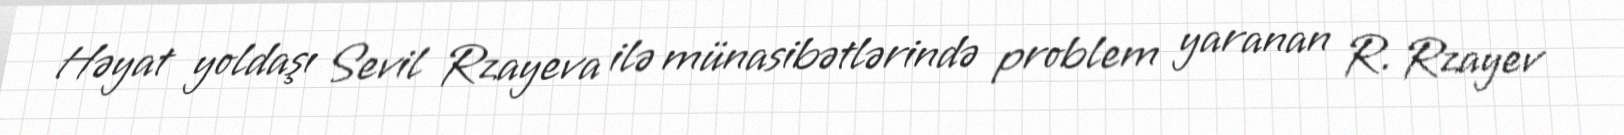
Həyat yoldaşı Sevil Rzayeva ilə münasibətlərində problem yaranan R. Rzayev